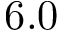
6 . 0